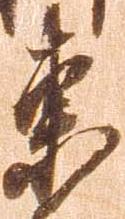
東